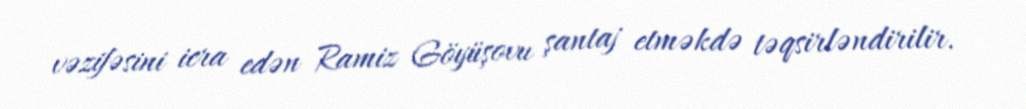
vəzifəsini icra edən Ramiz Göyüşovu şantaj etməkdə təqsirləndirilir.